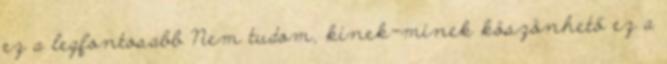
ez a legfontosabb Nem tudom, kinek-minek köszönhető ez a